Indian journal of veterinary science and animal husbandry - Volume 8,
Year: 1938
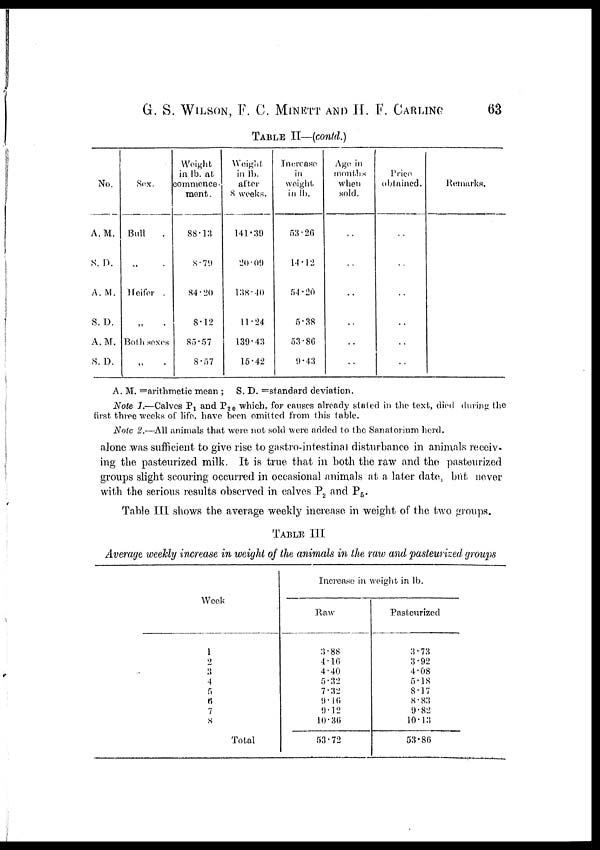
G. S. WILSON, F. C. MINETT AND H. F. CARLING 63
TABLE II—(contd.)
No.
A. M.
S. D.
A. M.
S. D.
A. M.
S. D.
Sex.
Bull .
„ .
Heifer .
„ .
Both sexes
„ .
Weight
in lb. at
commence-
ment .
88.13
8.79
84.20
8.12
85.57
8.57
Weight
in lb.
after
8 weeks.
141.39
20.09
138.40
11.24
139.43
15.42
Increase
in
weight
in lb.
53.26
14.12
54.20
5.38
53.86
9.43
Age in
months
when
sold.
..
..
..
..
..
..
Price
obtained.
..
..
..
..
..
..
Remarks.
A. M. =arithmetic mean ; S. D. =standard deviation.
Note 1.—Calves P 1 and P 20 which for causes already stated in the text, died during the
first three weeks of life, have been omitted from this table.
Note 2.—All animals that were not sold were added to the Sanatorium herd.
alone was sufficient to give rise to gastro-intestinal disturbance in animals receiv-
ing the pasteurized milk. It is true that in both the raw and the pasteurized
groups slight scouring occurred in occasional animals at a later date, but never
with the serious results observed in calves P 2 and P 5 .
Table III shows the average weekly increase in weight of the two groups.
TABLE III
Average weekly increase in weight of the animals in the raw and pasteurized groups
Week
1
2
3
4
5
6
7
8
Total
Increase in weight in lb.
Raw
3.88
4.16
4.40
5.32
7.32
9.16
9.12
10.36
53.72
Pasteurized
3.73
3.92
4.08
5.18
8.17
8.83
9.82
10.13
53.86